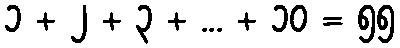
၁ + ၂ + ၃ + ... + ၁၀ = ၅၅